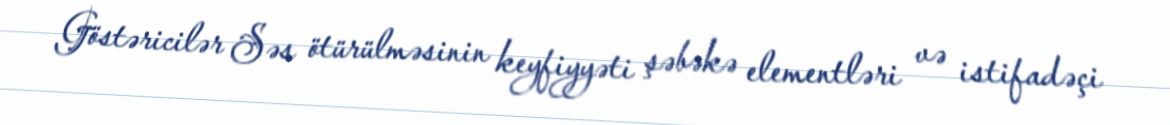
Göstəricilər Səs ötürülməsinin keyfiyyəti şəbəkə elementləri və istifadəçi